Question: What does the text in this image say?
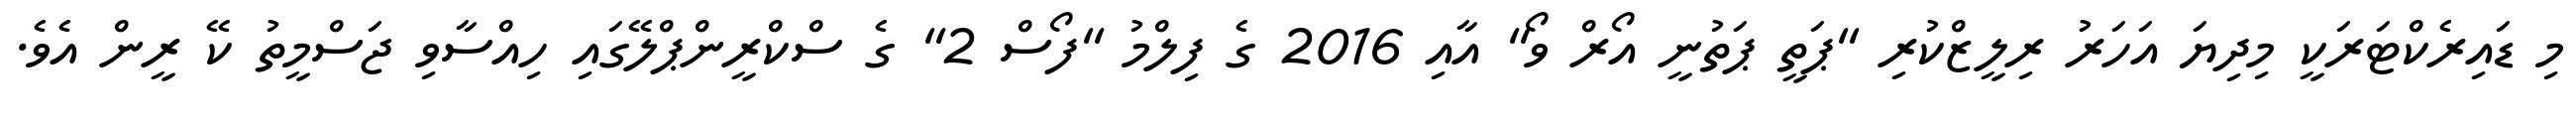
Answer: މި ޑައިރެކްޓަރަކީ މިދިޔަ އަހަރު ރިލީޒްކުރި "ޕަތީ ޕަތުނީ އޯރް ވޯ" އާއި 2016 ގެ ފިލްމު "ފޯސް 2" ގެ ސްކްރީންޕްލޭގައި ހިއްސާވި ޖަސްމީތު ކޭ ރީން އެވެ.